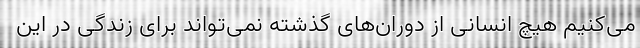
می‌کنیم هیچ انسانی از دوران‌های گذشته نمی‌تواند برای زندگی در این